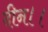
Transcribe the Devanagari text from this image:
दीन।।